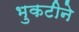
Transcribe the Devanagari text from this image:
भुकटीने